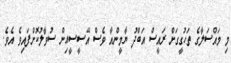
މި މައްސަލާގެ ތަހުގީގަށް ރައީސް އަބްދު ޔާމީންއާ ވެސް އޭސީސީއިން ސުވާލުކޮށްފައިވެ އެވެ.